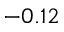
- 0 . 1 2